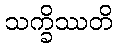
သက္ခိဿတိ